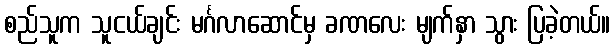
စည်သူက သူငယ်ချင်း မင်္ဂလာဆောင်မှ ခဏလေး မျက်နှာ သွား ပြခဲ့တယ်။